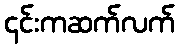
၎င်းကဆက်လက်